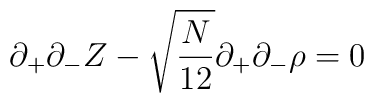
\partial_{+}\partial_{-}Z     -\sqrt{\frac{N}{12}}\partial_{+}\partial_{-}\rho =0